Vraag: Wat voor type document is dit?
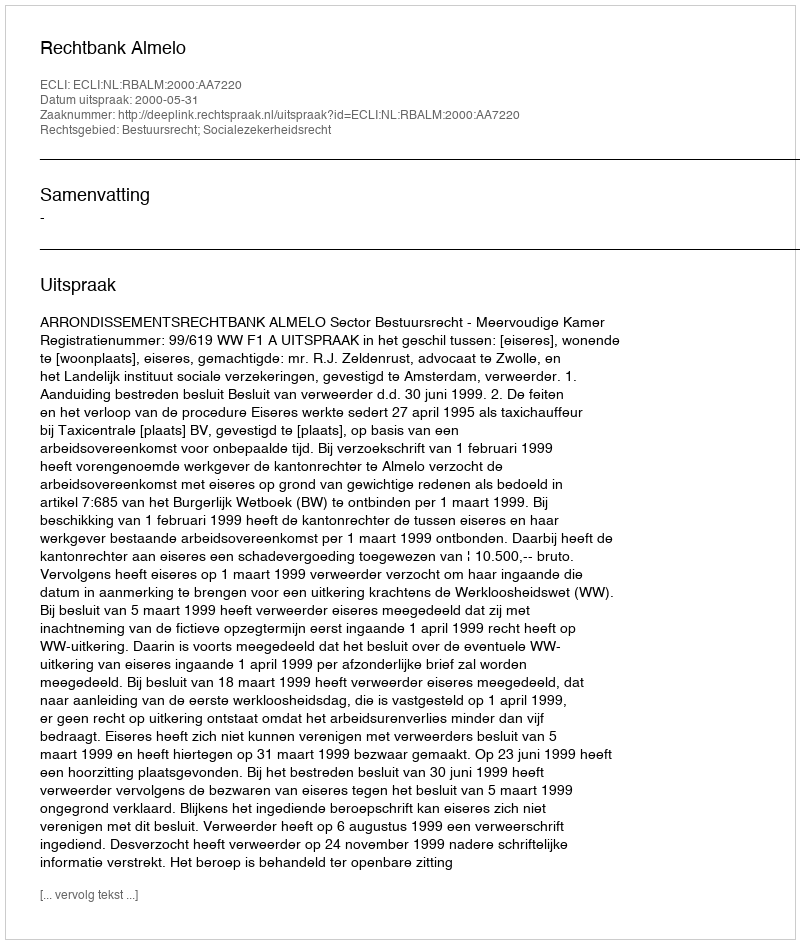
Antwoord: Uitspraak